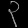
Digit: ၃